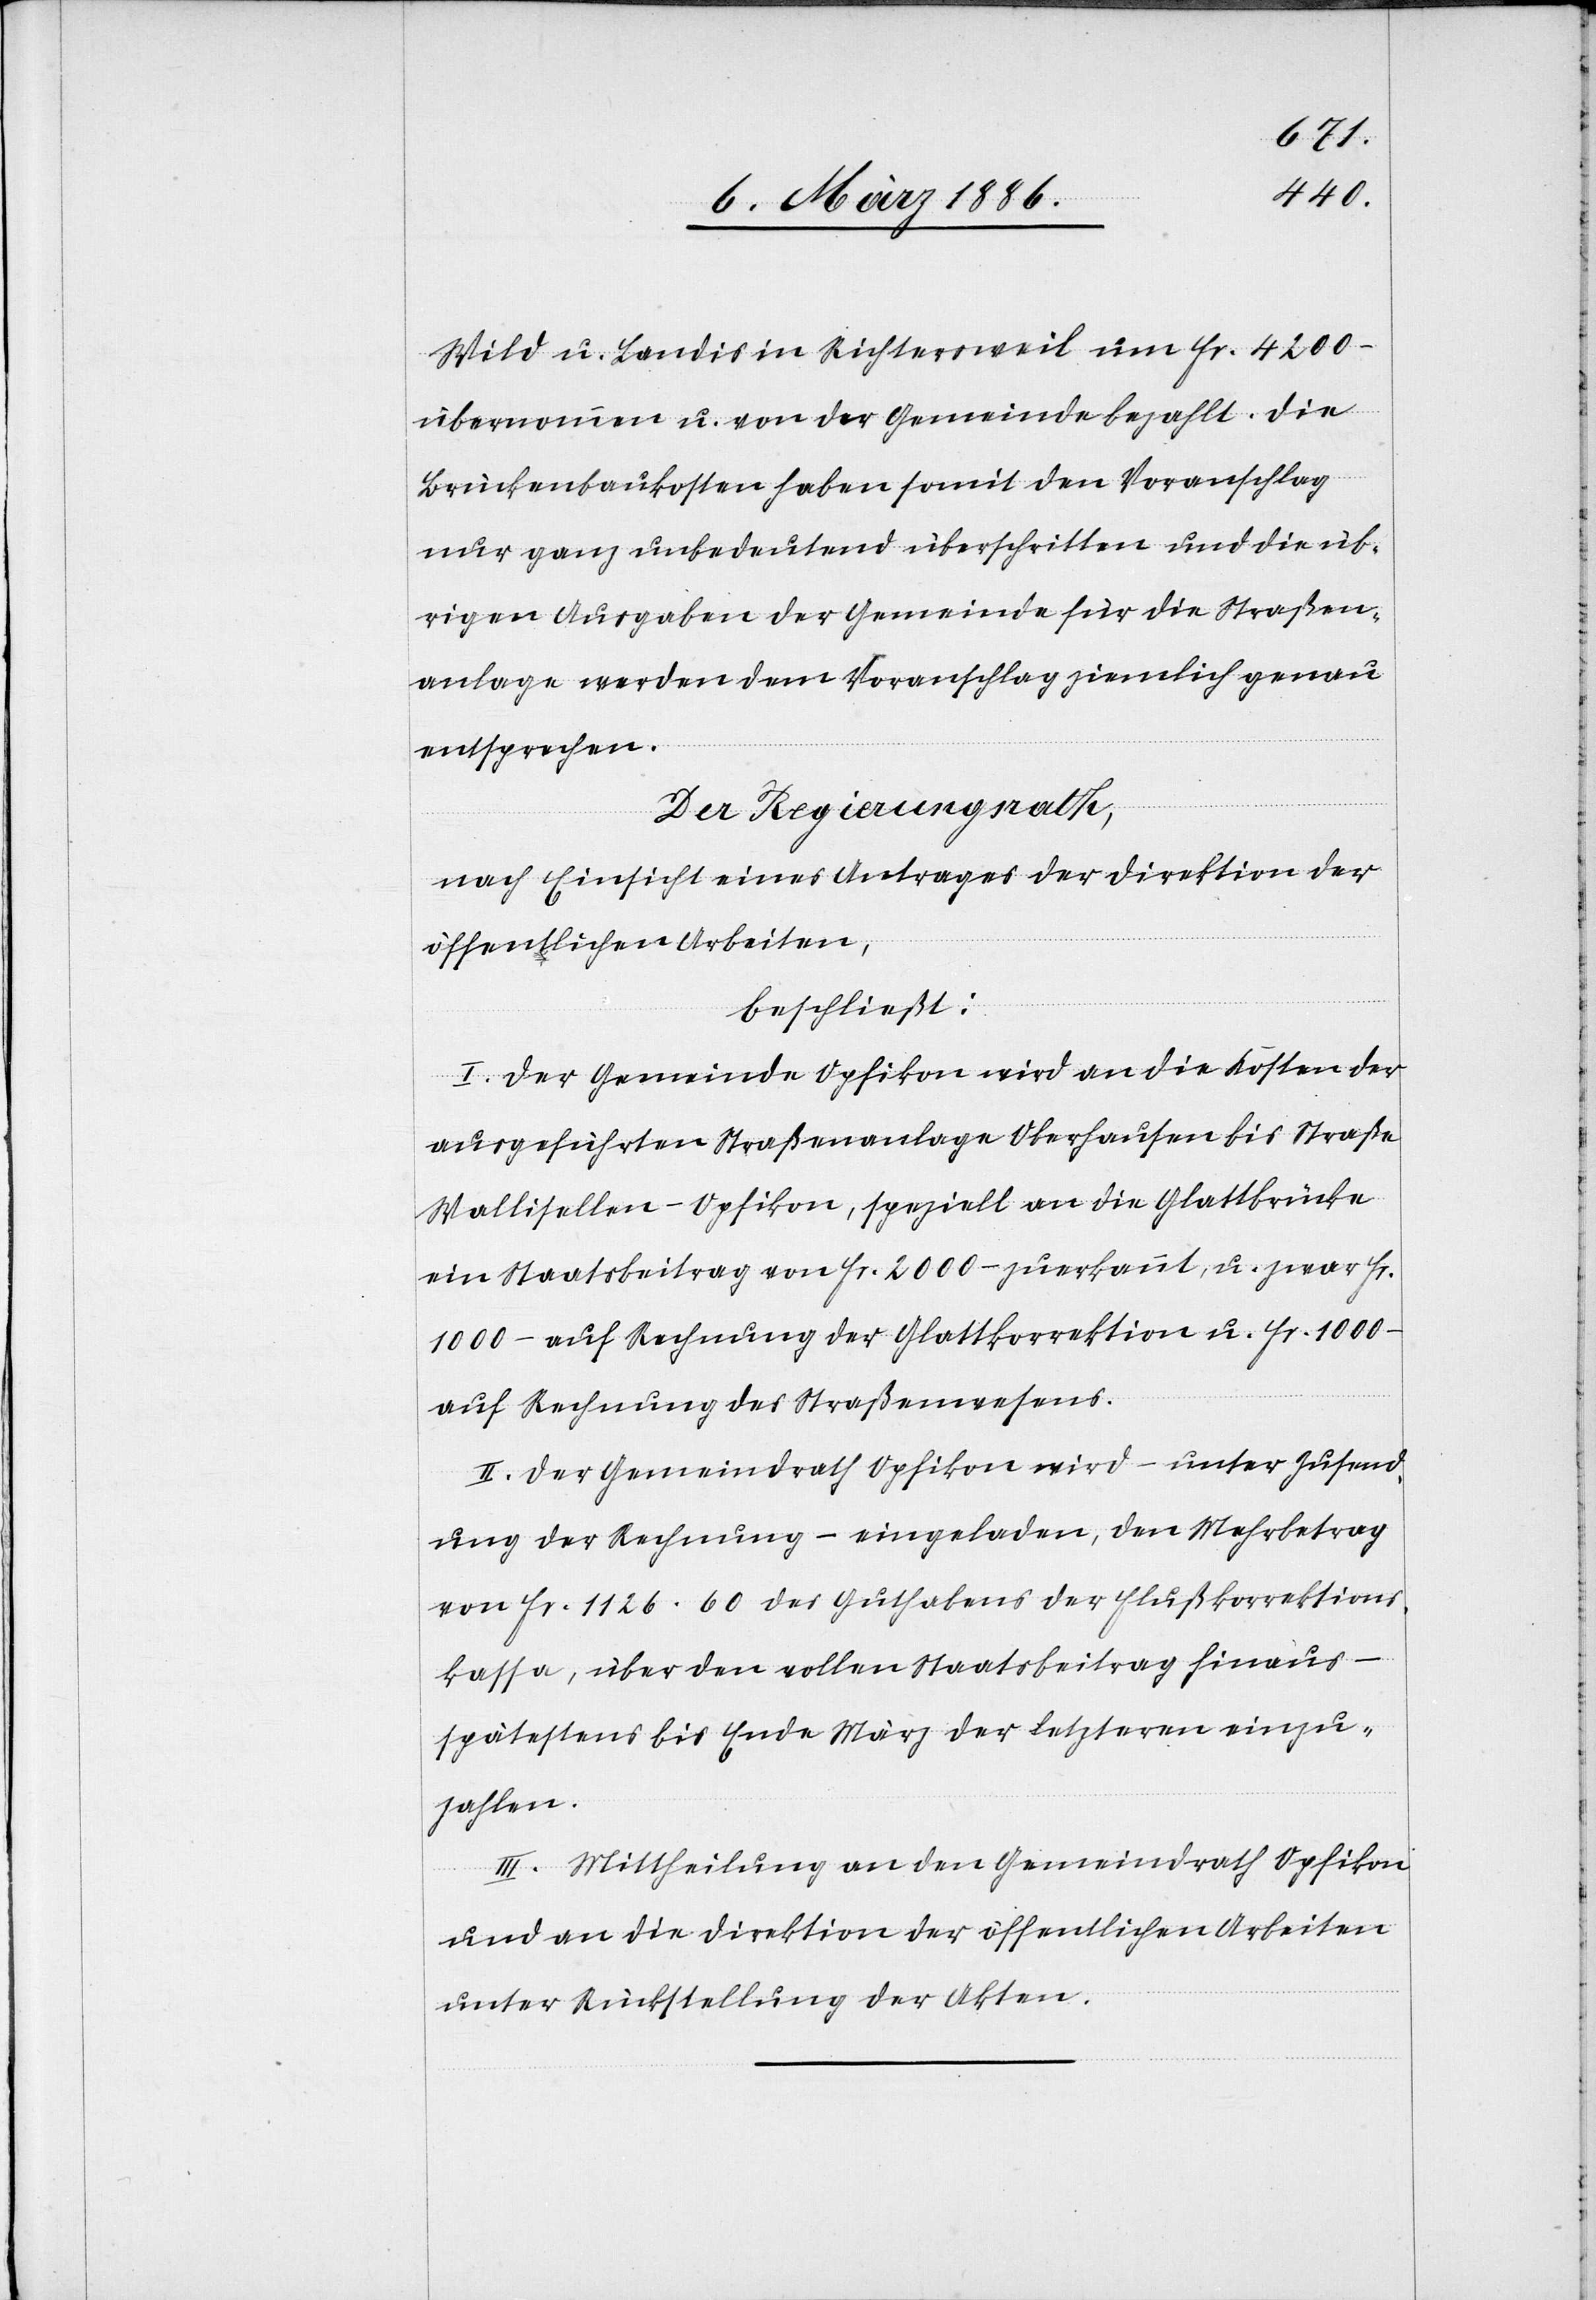
Wild u. Landis in Richtersweil um Fr. 400.–
übernommen u. von der Gemeinde bezahlt. Die
Brückenbaukosten haben somit den Voranschlag
nur ganz unbedeutend überschritten und die üb¬
rigen Ausgaben der Gemeinde für die Straßen¬
anlage werden dem Voranschlag ziemlich genau
entsprechen.
Der Regierungsrath,
nach Einsicht eines Antrages der Direktion der
öffentlichen Arbeiten,
beschließt:
I. Der Gemeinde Opfikon wird an die Kosten der
ausgeführten Straßenanlage Oberhausen bis Straße
Wallisellen–Opfikon, speziell an die Glattbrücke
ein Staatsbeitrag von Fr. 2000.– zuerkannt, u. zwar Fr.
1000.– auf Rechnung der Glattkorrektion u. Fr. 1000.–
auf Rechnung des Straßenwesens.
II. Der Gemeindrath Opfikon wird – unter Zusend¬
ung der Rechnung – eingeladen, den Mehrbetrag
von Fr. 1126.60 des Guthabens der Flußkorrektions¬
kasse, über den vollen Staatsbeitrag hinaus
spätestens bis Ende März der letztern einzu¬
zahlen.
III. Mittheilung an den Gemeindrath Opfikon
und an die Direktion der öffentlichen Arbeiten
unter Rückstellung der Akten.